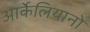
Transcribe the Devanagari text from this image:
आर्केलियानो